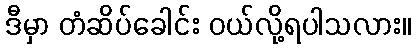
ဒီမှာ တံဆိပ်ခေါင်း ဝယ်လို့ရပါသလား။